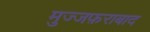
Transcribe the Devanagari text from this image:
मुज्जफ़राबाद